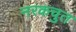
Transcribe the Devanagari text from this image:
नरकचुत